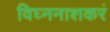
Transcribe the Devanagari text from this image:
विघ्ननाशकरं